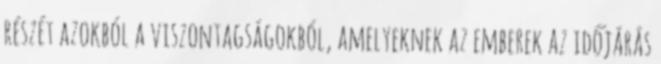
részét azokból a viszontagságokból, amelyeknek az emberek az időjárás